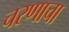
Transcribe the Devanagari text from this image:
चरणाचा